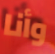
وأنا